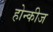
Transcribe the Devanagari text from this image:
होन्कीज